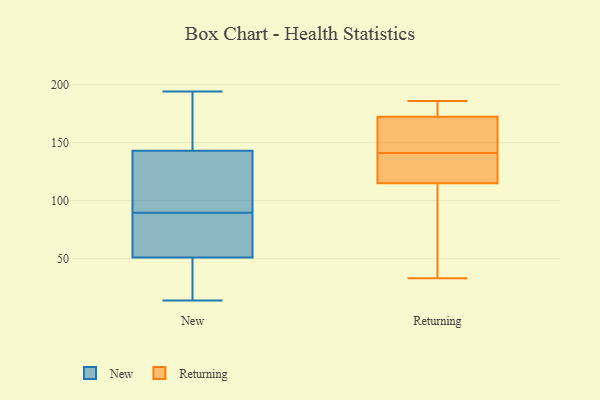
{"axis": {"x": "Inventory Turnover", "y": "Value"}, "legend": ["New", "Returning"], "data": [{"x": "", "y": 62, "type": "New"}, {"x": "", "y": 143, "type": "New"}, {"x": "", "y": 192, "type": "New"}, {"x": "", "y": 53, "type": "New"}, {"x": "", "y": 194, "type": "New"}, {"x": "", "y": 103, "type": "New"}, {"x": "", "y": 114, "type": "New"}, {"x": "", "y": 147, "type": "New"}, {"x": "", "y": 14, "type": "New"}, {"x": "", "y": 76, "type": "New"}, {"x": "", "y": 40, "type": "New"}, {"x": "", "y": 45, "type": "New"}, {"x": "", "y": 61, "type": "New"}, {"x": "", "y": 115, "type": "New"}, {"x": "", "y": 143, "type": "New"}, {"x": "", "y": 49, "type": "New"}, {"x": "", "y": 141, "type": "Returning"}, {"x": "", "y": 186, "type": "Returning"}, {"x": "", "y": 180, "type": "Returning"}, {"x": "", "y": 127, "type": "Returning"}, {"x": "", "y": 123, "type": "Returning"}, {"x": "", "y": 149, "type": "Returning"}, {"x": "", "y": 90, "type": "Returning"}, {"x": "", "y": 91, "type": "Returning"}, {"x": "", "y": 33, "type": "Returning"}, {"x": "", "y": 173, "type": "Returning"}, {"x": "", "y": 172, "type": "Returning"}, {"x": "", "y": 129, "type": "Returning"}, {"x": "", "y": 150, "type": "Returning"}]}